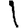
Digit: 1